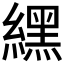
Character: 𦄿